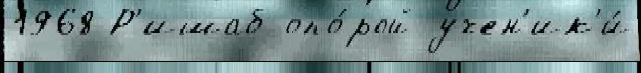
1968 Р'ишаб опо́рой учен'ик'и́